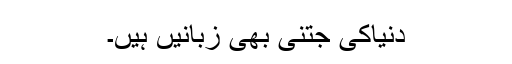
دنیاکی جتنی بھی زبانیں ہیں۔